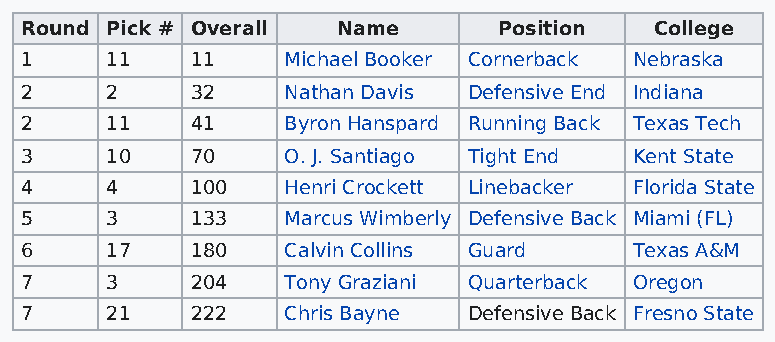
Round Pick # Overall Name       Position  College
 1     11    11    Michael Booker Cornerback Nebraska
 2     2     32    Nathan Davis Defensive End Indiana
 2     11    41    Byron Hanspard Running Back Texas Tech
 3     10    70    O. J. Santiago Tight End Kent State
 4     4     100   Henri Crockett Linebacker Florida State
 5     3     133   Marcus Wimberly Defensive Back Miami (FL)
 6     17    180   Calvin Collins Guard   Texas A&M
 7     3     204   Tony Graziani Quarterback Oregon
 7     21    222   Chris Bayne Defensive Back Fresno State